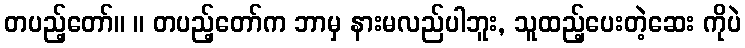
တပည့်တော်။ ။ တပည့်တော်က ဘာမှ နားမလည်ပါဘူး, သူထည့်ပေးတဲ့ဆေး ကိုပဲ